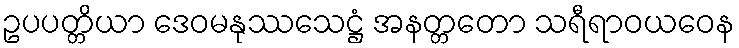
ဥပပတ္တိယာ ဒေဝမနုဿသေဋ္ဌံ အနတ္တတော သရီရာဝယဝေန